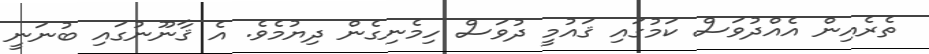
ތެރެއިން އެއްދުވަސް ކަމުގައި ޤައުމީ ދުވަސް ހިމެނިގެން ދިޔުމެވެ. އެ ޤާނޫނުގައި ބުނަނީ